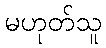
မဟုတ်သူ